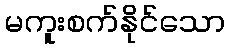
မကူးစက်နိုင်သော